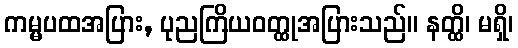
ကမ္မပထအပြား, ပုညကြိယဝတ္ထုအပြားသည်။ နတ္ထိ၊ မရှိ၊